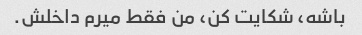
باشه، شکایت کن، من فقط میرم داخلش.